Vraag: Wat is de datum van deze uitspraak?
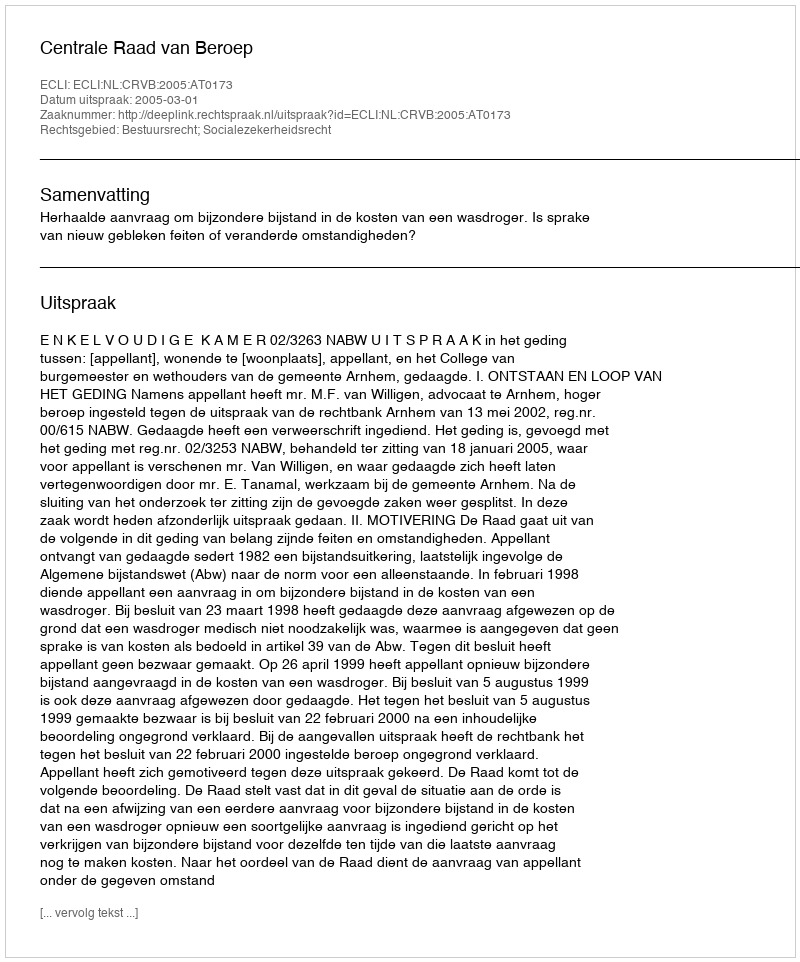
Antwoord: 2005-03-01